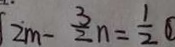
2 m - \frac { 3 } { 2 } n = \frac { 1 } { 2 } \textcircled { 1 }